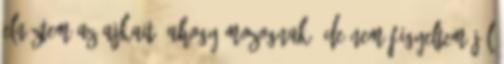
Elnéztem az ajkait, ahogy mozognak, de nem figyeltem jól